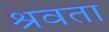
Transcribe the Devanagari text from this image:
श्रवता